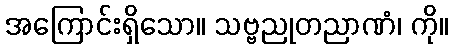
အကြောင်းရှိသော။ သဗ္ဗညုတညာဏံ၊ ကို။